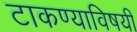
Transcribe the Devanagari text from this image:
टाकण्याविषयीं